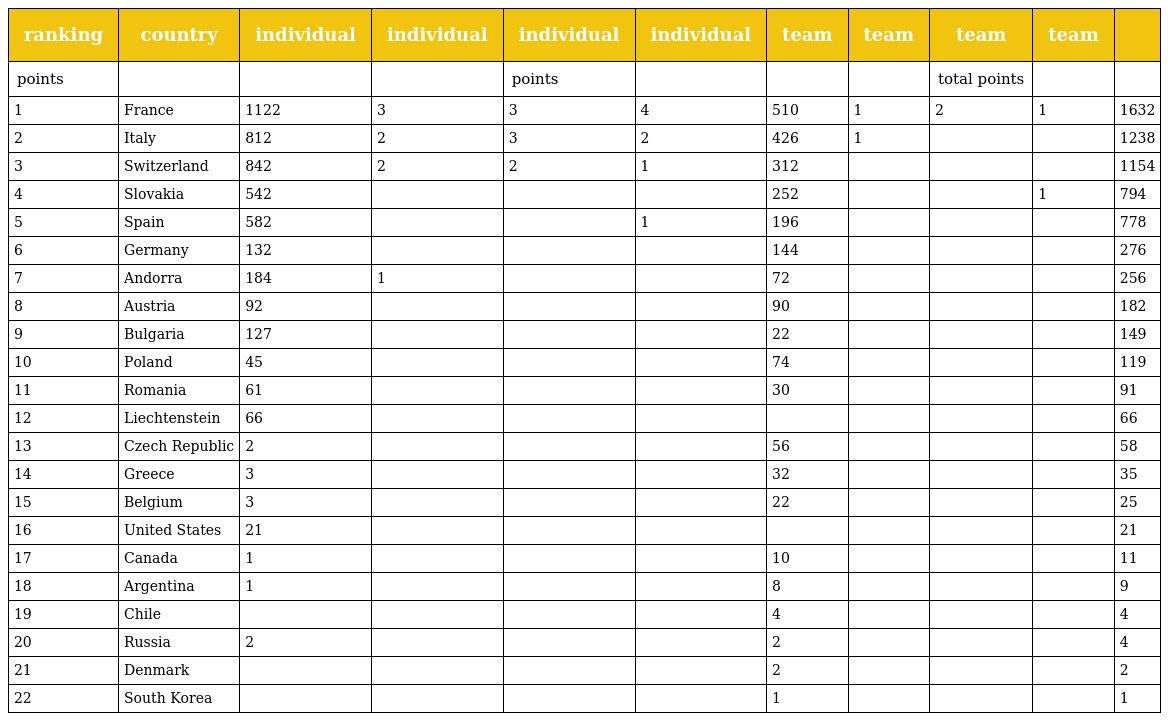
| ranking | country | individual | individual | individual | individual | team | team | team | team |  |
 | --- | --- | --- | --- | --- | --- | --- | --- | --- | --- | --- |
 | points |  |  |  | points |  |  |  | total points |  |  |
 | 1 | France | 1122 | 3 | 3 | 4 | 510 | 1 | 2 | 1 | 1632 |
 | 2 | Italy | 812 | 2 | 3 | 2 | 426 | 1 |  |  | 1238 |
 | 3 | Switzerland | 842 | 2 | 2 | 1 | 312 |  |  |  | 1154 |
 | 4 | Slovakia | 542 |  |  |  | 252 |  |  | 1 | 794 |
 | 5 | Spain | 582 |  |  | 1 | 196 |  |  |  | 778 |
 | 6 | Germany | 132 |  |  |  | 144 |  |  |  | 276 |
 | 7 | Andorra | 184 | 1 |  |  | 72 |  |  |  | 256 |
 | 8 | Austria | 92 |  |  |  | 90 |  |  |  | 182 |
 | 9 | Bulgaria | 127 |  |  |  | 22 |  |  |  | 149 |
 | 10 | Poland | 45 |  |  |  | 74 |  |  |  | 119 |
 | 11 | Romania | 61 |  |  |  | 30 |  |  |  | 91 |
 | 12 | Liechtenstein | 66 |  |  |  |  |  |  |  | 66 |
 | 13 | Czech Republic | 2 |  |  |  | 56 |  |  |  | 58 |
 | 14 | Greece | 3 |  |  |  | 32 |  |  |  | 35 |
 | 15 | Belgium | 3 |  |  |  | 22 |  |  |  | 25 |
 | 16 | United States | 21 |  |  |  |  |  |  |  | 21 |
 | 17 | Canada | 1 |  |  |  | 10 |  |  |  | 11 |
 | 18 | Argentina | 1 |  |  |  | 8 |  |  |  | 9 |
 | 19 | Chile |  |  |  |  | 4 |  |  |  | 4 |
 | 20 | Russia | 2 |  |  |  | 2 |  |  |  | 4 |
 | 21 | Denmark |  |  |  |  | 2 |  |  |  | 2 |
 | 22 | South Korea |  |  |  |  | 1 |  |  |  | 1 |